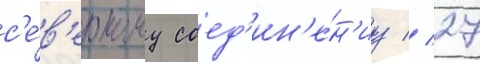
с'е́в'ерному соед'ин'е́н'иу // 27